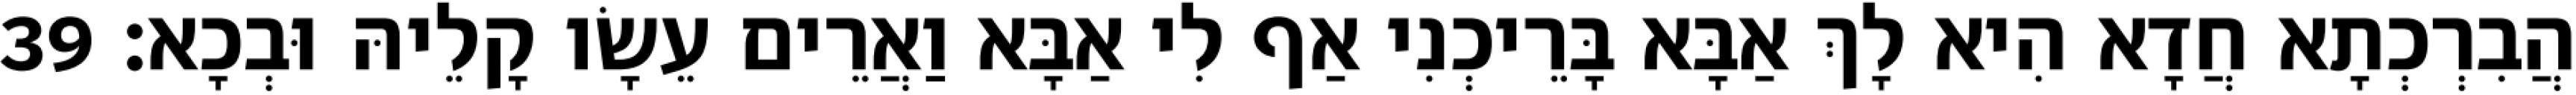
הֲבִרְכְתָא חֲדָא הִיא לָךְ אַבָּא בָּרֵיכְנִי אַף לִי אַבָּא וַאֲרֵים עֵשָׂו קָלֵיהּ וּבְכָא׃ 39